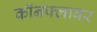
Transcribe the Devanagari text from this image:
कॉनफ्लावर